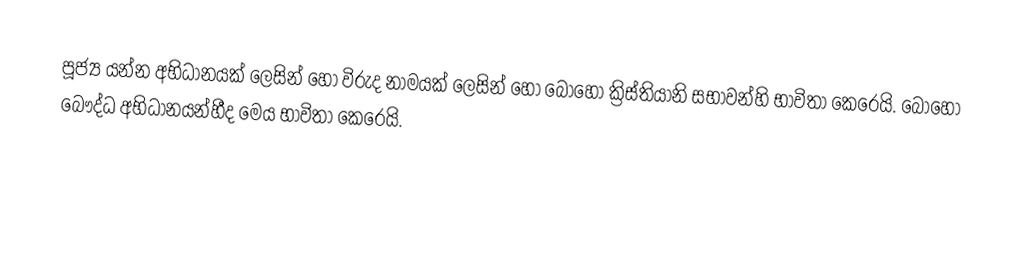
පූජ්‍ය යන්න අභිධානයක් ලෙසින් හෝ විරුද නාමයක් ලෙසින් හෝ බොහෝ ක්‍රිස්තියානි සභාවන්හි භාවිතා කෙරෙයි. බොහෝ  බෞද්ධ අභිධානයන්හීද මෙය භාවිතා කෙරෙයි.